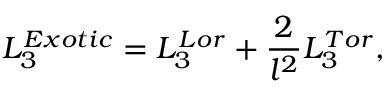
L _ { 3 } ^ { E x o t i c } = L _ { 3 } ^ { L o r } + \frac { 2 } { l ^ { 2 } } L _ { 3 } ^ { T o r } ,